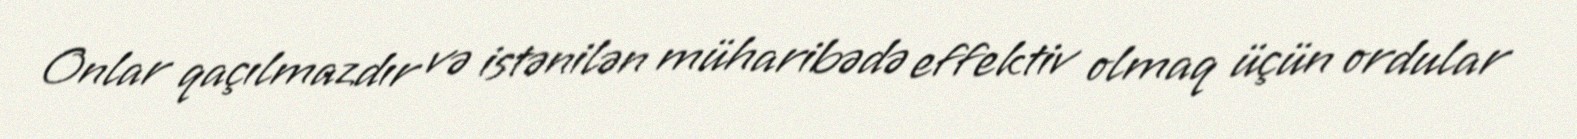
Onlar qaçılmazdır və istənilən müharibədə effektiv olmaq üçün ordular